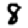
Digit: 8